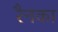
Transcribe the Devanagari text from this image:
रैनका